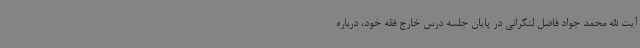
آیت الله محمد جواد فاضل لنکرانی در پایان جلسه درس خارج فقه خود، درباره